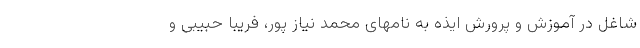
شاغل در آموزش و پرورش ایذه به نامهای محمد نیاز پور، فریبا حبیبی و